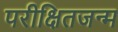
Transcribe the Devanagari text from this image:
परीक्षितजन्म